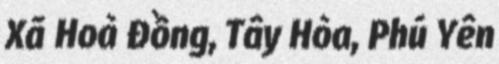
Xã Hoà Đồng, Tây Hòa, Phú Yên